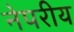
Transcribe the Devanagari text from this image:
नेपरीय